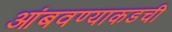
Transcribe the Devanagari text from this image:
आंबवण्याकडची